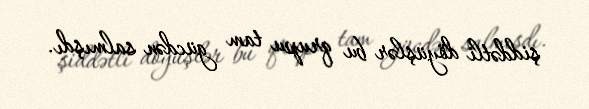
şiddətli döyüşlər bu qrupu tam gücdən salmışdı.